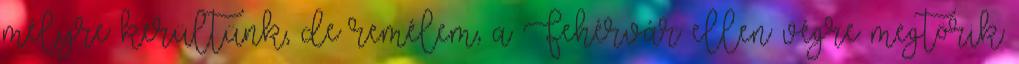
mélyre kerültünk, de remélem, a Fehérvár ellen végre megtörik